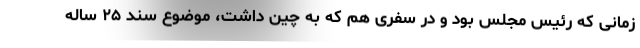
زمانی که رئیس مجلس بود و در سفری هم که به چین داشت، موضوع سند ۲۵ ساله